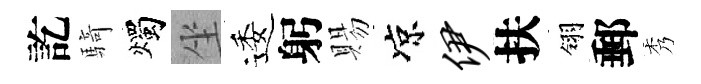
訖騎燭坐逶躬賜凉伊扶翎郵秀